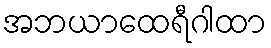
အဘယာထေရီဂါထာ